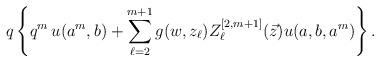
LaTeX: \begin{align*}q\left\{q^{m}\, u(a^{m}, b)+\sum_{\ell=2}^{m+1}g(w, z_{\ell})Z_{\ell}^{[2, m+1]}(\vec{z}) u(a, b, a^{m}) \right\}.\end{align*}